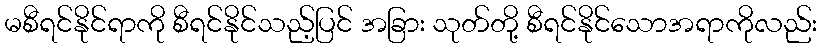
မစီရင်နိုင်ရာကို စီရင်နိုင်သည့်ပြင် အခြား သုတ်တို့ စီရင်နိုင်သောအရာကိုလည်း